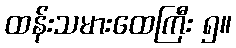
ထန်းသမားထေကြီး ၅။